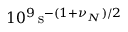
1 0 ^ { 9 } \, \mathrm { s } ^ { - ( 1 + \nu _ { N } ) / 2 }